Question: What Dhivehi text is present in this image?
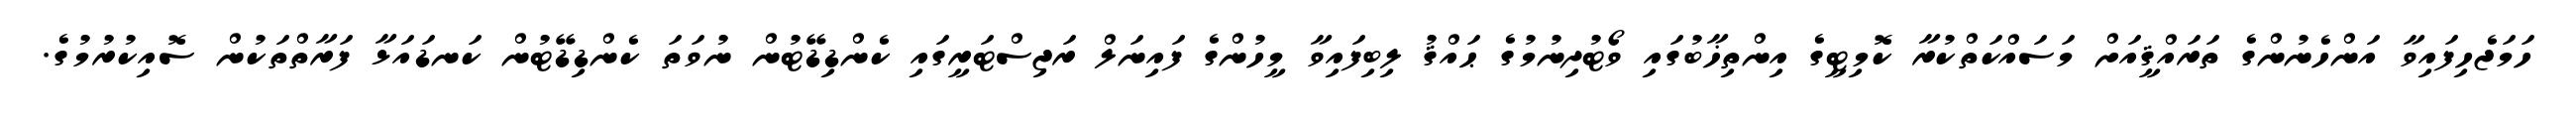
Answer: ހަމަޖެހިފައިވާ އަންހެނުންގެ ތަރައްޤީއަށް މަސައްކަތްކުރާ ކޮމިޓީގެ އިންތިޚާބުގައި ވޯޓުދިނުމުގެ ޙައްޤު ލިބިފައިވާ މީހުންގެ ފައިނަލް ރަޖިސްޓަރީގައި ކެންޑިޑޭޓުން ނުވަތަ ކެންޑިޑޭޓުން ކަނޑައަޅާ ފަރާތްތަކުން ސޮއިކުރުމުގެ.